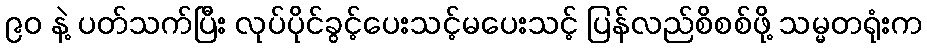
၉ဝ နဲ့ ပတ်သက်ပြီး လုပ်ပိုင်ခွင့်ပေးသင့်မပေးသင့် ပြန်လည်စိစစ်ဖို့ သမ္မတရုံးက